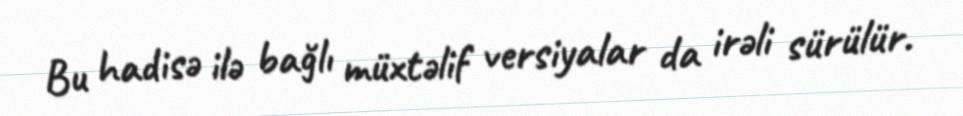
Bu hadisə ilə bağlı müxtəlif versiyalar da irəli sürülür.